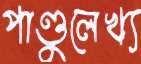
পাণ্ডুলেখ্য